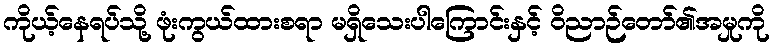
ကိုယ့်နေရပ်သို့ ဖုံးကွယ်ထားစရာ မရှိသေးပါကြောင်းနှင့် ဝိညာဉ်တော်၏အမှုကို